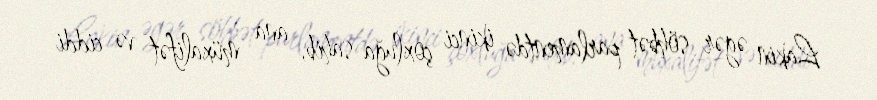
Lakin əgər söhbət parlamentdə ikinci çoxluğa sahib, ana müxalifət və ciddi